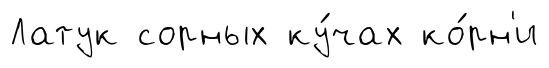
Латук сорных ку́чах ко́рн'и